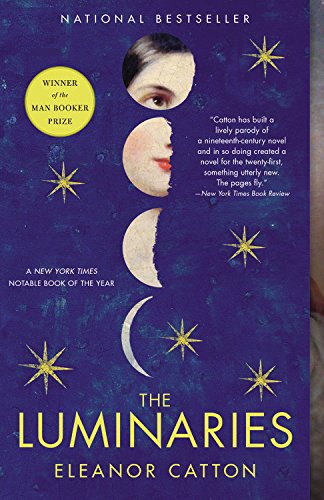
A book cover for The Luminaries; Eleanor Catton; Mystery, Thriller & Suspense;